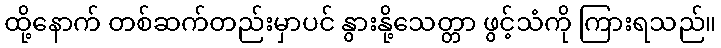
ထို့နောက် တစ်ဆက်တည်းမှာပင် နွားနို့သေတ္တာ ဖွင့်သံကို ကြားရသည်။